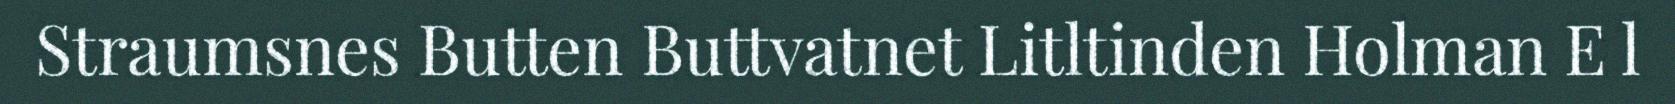
Straumsnes Butten Buttvatnet Litltinden Holman E l